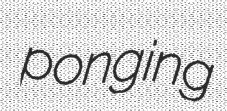
ponging